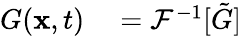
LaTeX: \begin{array}{rl}{G(\mathbf{x},t)}&{{}=\mathcal{F}^{-1}[\tilde{G}]}\end{array}